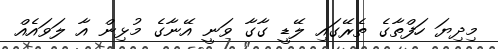
މިދިޔަ ހަފްތާގެ ތެރޭގައި ލޭޑީ ގާގާ ވަނީ އޭނާގެ މުޅިން އާ ލަވައެއް